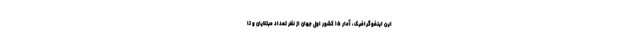
این اینفوگرافیک، آمار ۱۵ کشور اول جهان از نظر تعداد مبتلایان و تا